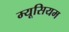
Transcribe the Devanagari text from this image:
म्यूसियम